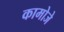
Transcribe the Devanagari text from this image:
कामोजे